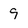
Character: 9